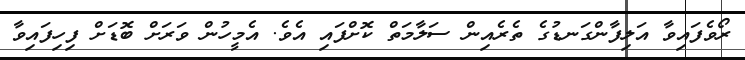
ރޯވެފައިވާ އަލިފާންގަނޑުގެ ތެރެއިން ސަލާމަތް ކޮށްފައި އެވެ. އެމީހުން ވަރަށް ބޮޑަށް ފިހިފައިވާ